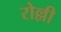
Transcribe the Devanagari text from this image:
रोल्ली